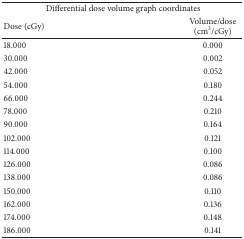
<table><thead><tr><td colspan="2"><b>Differential dose volume graph coordinates</b></td></tr><tr><td><b>Dose (cGy)</b></td><td><b>Volume/dose (cm<sup>3</sup>/cGy)</b></td></tr></thead><tbody><tr><td>18.000</td><td>0.000</td></tr><tr><td>30.000</td><td>0.002</td></tr><tr><td>42.000</td><td>0.052</td></tr><tr><td>54.000</td><td>0.180</td></tr><tr><td>66.000</td><td>0.244</td></tr><tr><td>78.000</td><td>0.210</td></tr><tr><td>90.000</td><td>0.164</td></tr><tr><td>102.000</td><td>0.121</td></tr><tr><td>114.000</td><td>0.100</td></tr><tr><td>126.000</td><td>0.086</td></tr><tr><td>138.000</td><td>0.086</td></tr><tr><td>150.000</td><td>0.110</td></tr><tr><td>162.000</td><td>0.136</td></tr><tr><td>174.000</td><td>0.148</td></tr><tr><td>186.000</td><td>0.141</td></tr></tbody></table>